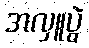
အလှူပွဲ